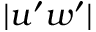
\vert u ^ { \prime } w ^ { \prime } \vert